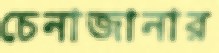
চেনাজানার